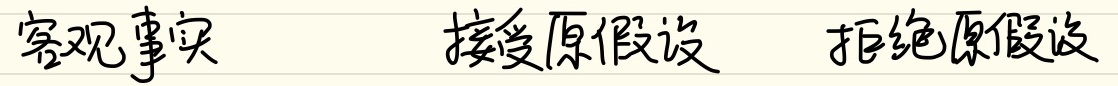
客观事实 \quad 接受原假设 \quad 拒绝原假设